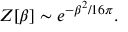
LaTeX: Z [ \beta ] \sim e ^ { - \beta ^ { 2 } / 1 6 \pi } .